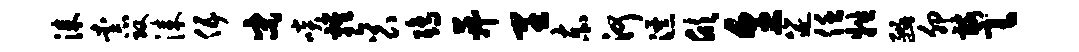
漆柰攻漆伍宋啖鸡衮鸱菽里赤河瀑欣烹筵任牲豳卯髂毫